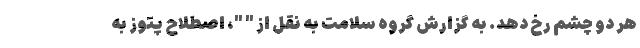
هر دو چشم رخ دهد. به گزارش گروه سلامت به نقل از " "، اصطلاح پتوز به